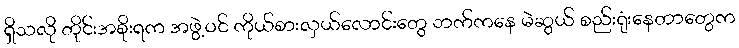
ရှိသလို တိုင်းအစိုးရက အဖွဲ့ဝင် ကိုယ်စားလှယ်လောင်းတွေ ဘက်ကနေ မဲဆွယ် စည်းရုံးနေတာတွေက